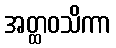
အတ္ထဝသိကာ